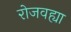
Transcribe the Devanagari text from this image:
रोजवह्या